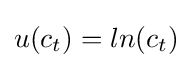
u(c_{t})=ln(c_{t})